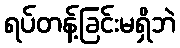
ရပ်တန့်ခြင်းမရှိဘဲ